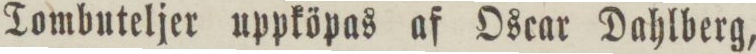
Tombuteljer uppköpas af Oscar Dahlberg,